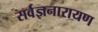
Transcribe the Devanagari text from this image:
सर्वज्ञनारायण